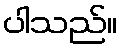
ပါသည်။